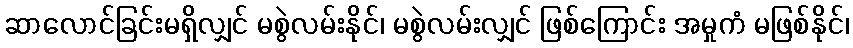
ဆာလောင်ခြင်းမရှိလျှင် မစွဲလမ်းနိုင်၊ မစွဲလမ်းလျှင် ဖြစ်ကြောင်း အမှုကံ မဖြစ်နိုင်၊